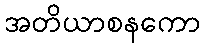
အတိယာစနကော